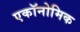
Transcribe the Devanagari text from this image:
एकॉनोमिक